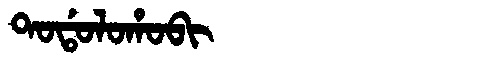
Manchu: ᡨᠣᡩᠣᠯᠣᡥᠣᠪᡳ
Romanization: TODOLOHOBI